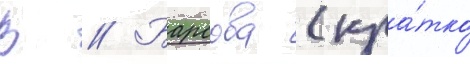
В // Барсова (кра́тко